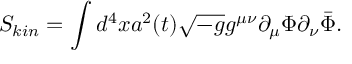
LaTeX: S _ { k i n } = \int d ^ { 4 } x a ^ { 2 } ( t ) \sqrt { - g } g ^ { \mu \nu } \partial _ { \mu } \Phi \partial _ { \nu } \bar { \Phi } .